Annual report of the Punjab Veterinary College and of the Civil Veterinary Department, Punjab - 1920-1925
Year: 1920
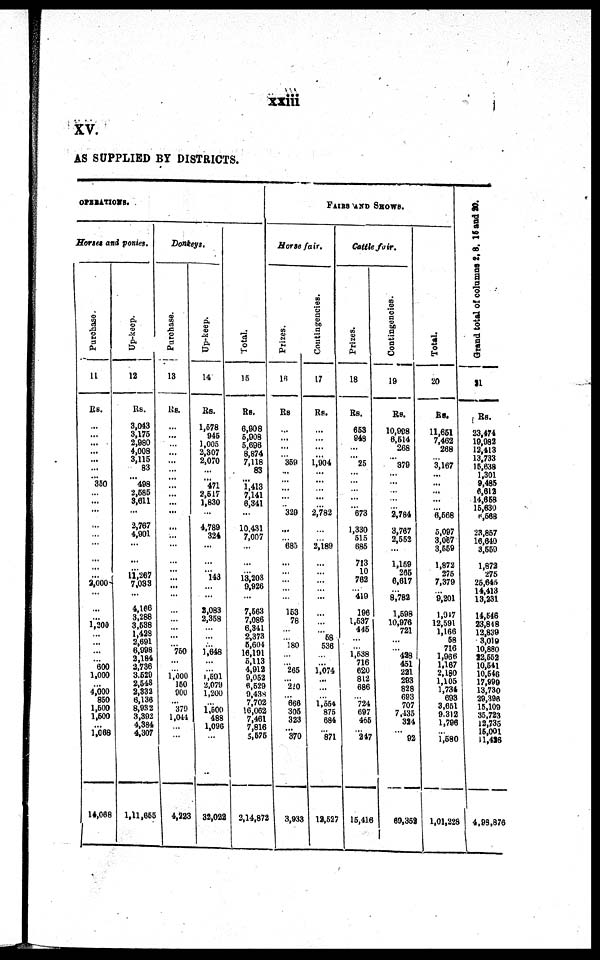
xxiii
XV.
AS SUPPLIED BY DISTRICTS.
OPERATIONS.
Horses and ponies.
Purchase.
11
Rs.
...
...
... ...
... ...
... 350
... ...
...
...
...
...
...
... ...
3,000
...
...
... 1,200
...
... ...
... 600
1,000
... 4,000
850
1,500
1,500
... 1,068
14,068
Up-keep.
12
Rs.
3,043
3,175
2,980
4,008
3,115
83
... 498
2,585
3,611
...
2,767
4,901
...
...
... 11,267
7,033
...
4,166
3,288
3,538
1,428
2,691
6,998
2,184
2,736
3,529
2,548
2,332
6,136
8,932
3,392
4,384
4,307
1,11,655
Donkeys.
Purchase.
13
Rs.
...
...
...
...
...
...
...
...
...
...
...
...
...
...
...
... ...
...
...
...
...
... ...
... 750
...
... 1,000
150
900
... 379
1,044
...
...
4,223
Up-keep.
14
Rs.
1,578
945
1,005
2,307
2,070
...
... 471
2,517
1,830
...
4,789
324
...
...
... 143
...
...
2,083
2,358
...
...
... 1,648
...
... 1,591
2,079
1,200
... 1,500
488
1,096
...
32,022
Total.
15
Rs.
6,908
5,908
5,696
8,874
7,118
83
... 1,413
7,141
6,341
...
10,431
7,007
...
...
... 13,208
9,926
...
7,563
7,086
6,341
2,373
5,604
16,191
5,113
4,912
9,052
6,529
9,438
7,702
16,062
7,461
7,816
5,575
2,14,872
FAIRS AND SHOWS.
Horse
fair.
Prizes.
16
Rs.
...
...
...
... 359
...
... ...
...
... 329
...
... 685
...
... ...
... ...
153
78
...
... 180
...
... 265
... 220
... 666
305
323
... 370
3,933
Coutingencies.
17
Rs.
...
...
...
... 1,904
...
...
...
...
... 2,782
...
... 2,189
...
... ...
...
...
...
...
... ... 536
...
... 1,074
...
...
... 1,554
875
684
... 871
12,527
Cattle fair.
Prizes.
18
Rs.
653
948
...
... 25
...
... ...
...
... 673
1,330
515
685
713
10
762
... 419
196
1,537
445
...
... 1,538
716
620
812
686
... 724
697
465
...
247
15,416
Contingencies.
19
Rs.
10,998
6,514
268
...
379
...
... ...
... ... 2,784
3,767
2,552
...
1,159
265
6,617
... 8,782
1,598
10,976
721
...
... 428
451
221
293
828
693
707
7,435
324
... 92
69,352
Total.
20
Rs.
11,651
7,462
268
3,167
...
... ...
... ...
6,568
5,097
3,067
3,559
1,872
275
7,379
... 9,201
1,947
12,591
1,166
58
716
1,966
1,167
2,180
1,105
1,734
693
3,651
9.312
1,796
... 1,580
1,01,228
Grand
total of columns 2, 8, 15 and 20.
21
Rs.
23,474
19,982
12,413
13,733
15,638
1,301
9,485
6,612
14,658
15,630
6,568
23,857
16,640
3,559
1,872
275
25,645
14,413
13,231
14,546
23,848
12,839
3,019
10,880
22,552
10,541
10,546
17,999
13,730
29,396
15,109
35,723
12,735
15,001
11,426
4,98,876